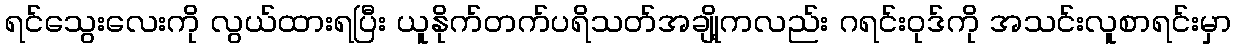
ရင်သွေးလေးကို လွယ်ထားရပြီး ယူနိုက်တက်ပရိသတ်အချို့ကလည်း ဂရင်းဝုဒ်ကို အသင်းလူစာရင်းမှာ